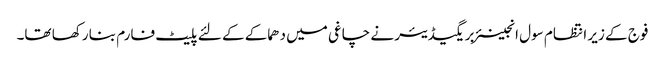
فوج کے زیر انتظام سول انجینئر بریگیڈیئر نے چاغی میں دھماکے کے لئے پلیٹ فارم بنا رکھا تھا۔